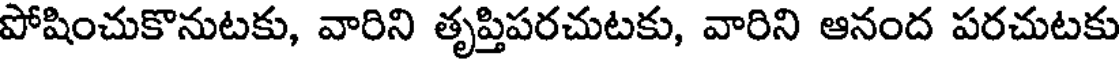
పోషించుకొనుటకు, వారిని తృప్తిపరచుటకు, వారిని ఆనంద పరచుటకు